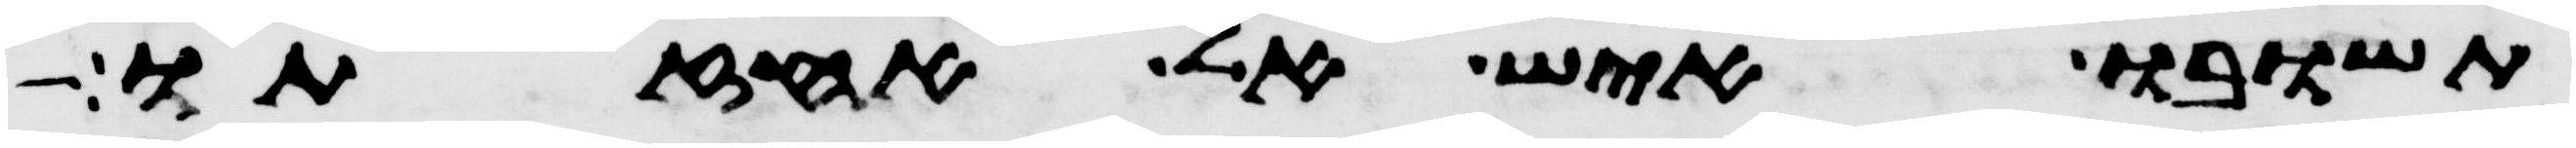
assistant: תשובו איש אל אחזתו